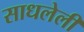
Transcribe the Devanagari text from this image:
साधलेली